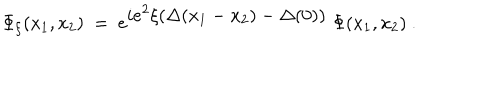
LaTeX: \Phi _ { \xi } ( x _ { 1 } , x _ { 2 } ) \ = \ e ^ { { \displaystyle i e ^ { 2 } \xi ( \Delta ( x _ { 1 } - x _ { 2 } ) - \Delta ( 0 ) ) } } \ \Phi ( x _ { 1 } , x _ { 2 } ) \ .